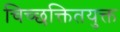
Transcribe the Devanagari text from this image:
चिच्छक्तितयुक्त